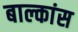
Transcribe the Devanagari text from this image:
बाल्कांस